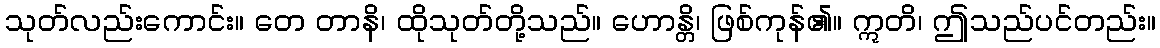
သုတ်လည်းကောင်း။ တေ တာနိ၊ ထိုသုတ်တို့သည်။ ဟောန္တိ၊ ဖြစ်ကုန်၏။ ဣတိ၊ ဤသည်ပင်တည်း။